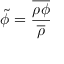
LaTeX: { \tilde { \phi } } = { \frac { \overline { { \rho \phi } } } { \overline { { \rho } } } }